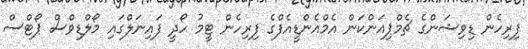
ފިރިހެން ޑިވިޝަންގެ ޗެމްޕިއަންކަން އެމްއެންޑީއެފްގެ ފިރިހެން ޓީމު ހޯދީ ފައިނަލްގައި މޯލްޑިވްސް ޕޯޓްސް